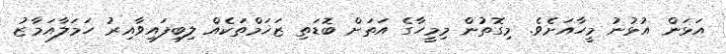
އަޅަން އުޅުނު މީހާއަށެވެ. މިގޮތުން މިމީހާގެ އަތަށް ބޮޑަތި ޒަޚަމްތަކެއް ލިބިފައިވާއިރު ހަމަލާއަމާޒު